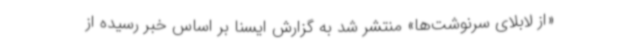
«از لابلای سرنوشت‌ها» منتشر شد به گزارش ایسنا بر اساس خبر رسیده از